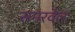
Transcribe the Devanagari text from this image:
समरवेल